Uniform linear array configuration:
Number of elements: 32
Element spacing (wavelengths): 0.25
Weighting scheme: exponential
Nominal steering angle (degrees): -45
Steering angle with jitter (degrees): -43.925
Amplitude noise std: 0.05
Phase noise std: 0.05

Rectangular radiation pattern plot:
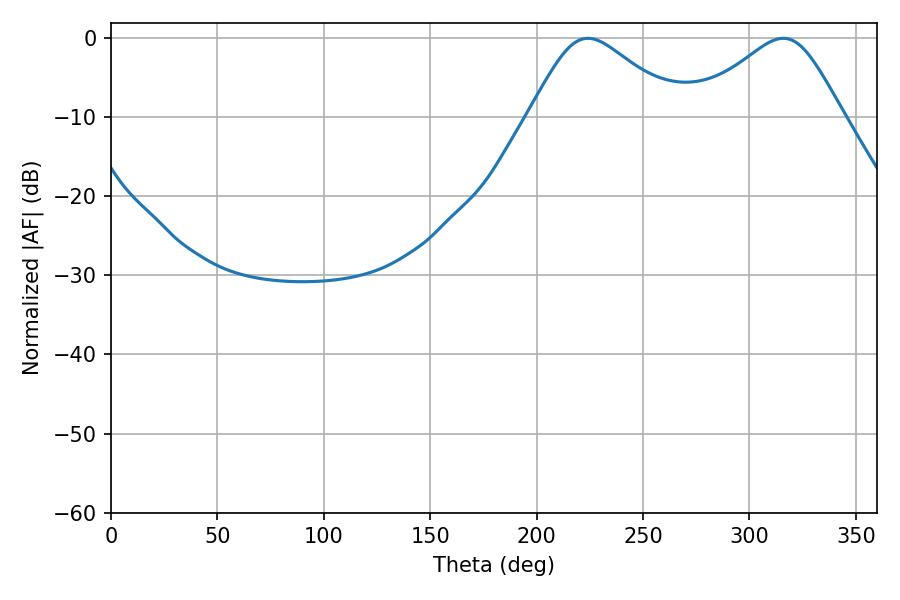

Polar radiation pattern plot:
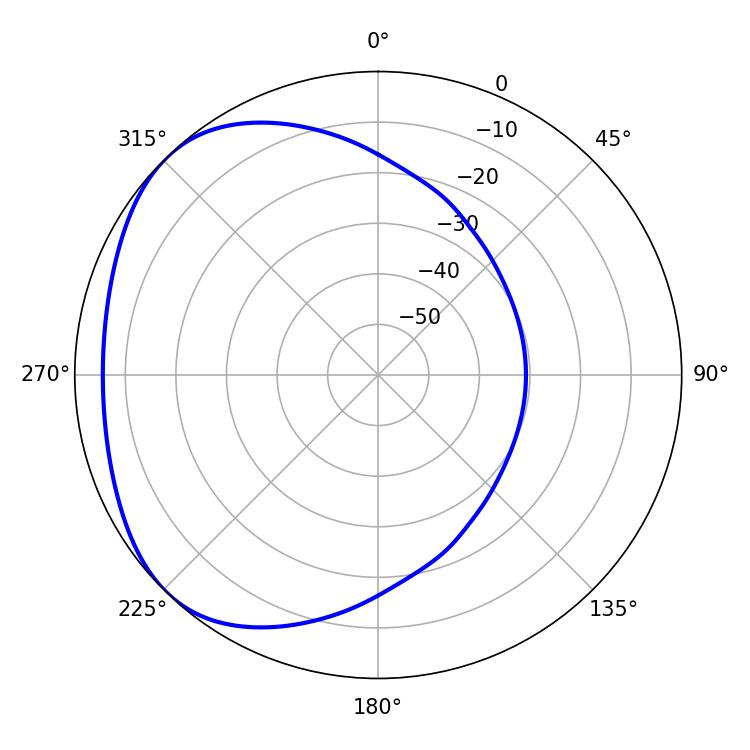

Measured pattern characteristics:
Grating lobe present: FALSE
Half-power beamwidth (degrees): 34.56
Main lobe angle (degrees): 224.1